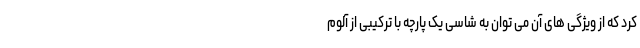
کرد که از ویژگی های آن می توان به شاسی یک پارچه با ترکیبی از آلوم